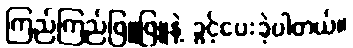
ကြည်ကြည်ဖြူဖြူနဲ့ ခွင့်ပေးခဲ့ပါတယ်။